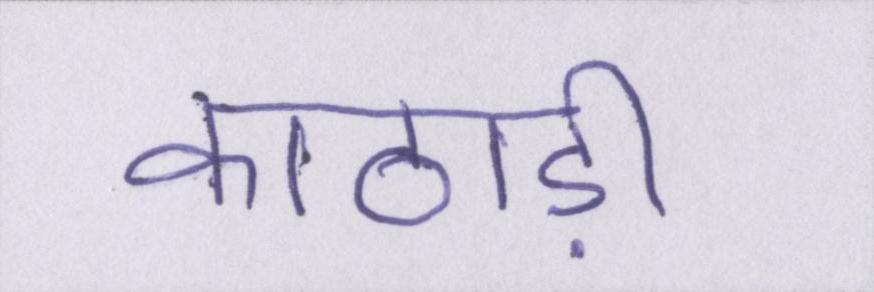
काठाड़ी